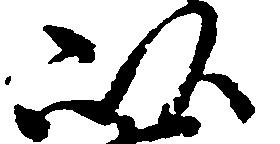
以